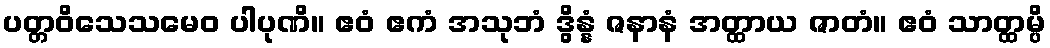
ပတ္တဝိသေသမေဝ ပါပုဏိ။ ဧဝံ ဧကံ အသုဘံ ဒွိန္နံ ဇနာနံ အတ္ထာယ ဇာတံ။ ဧဝံ သာတ္ထမ္ပိ